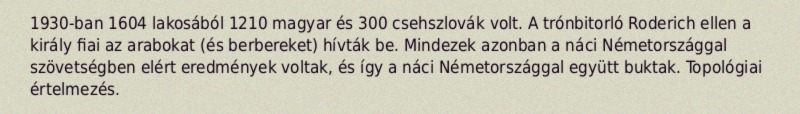
1930-ban 1604 lakosából 1210 magyar és 300 csehszlovák volt. A trónbitorló Roderich ellen a király fiai az arabokat (és berbereket) hívták be. Mindezek azonban a náci Németországgal szövetségben elért eredmények voltak, és így a náci Németországgal együtt buktak. Topológiai értelmezés.